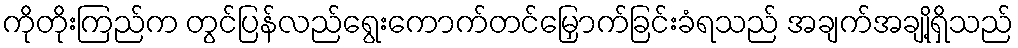
ကိုတိုးကြည်က တွင်ပြန်လည်ရွေးကောက်တင်မြှောက်ခြင်းခံရသည် အချက်အချို့ရှိသည်